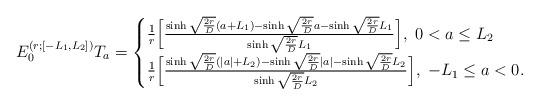
LaTeX: \begin{align*}E_0^{(r;[-L_1,L_2])}T_a=\begin{cases}\frac1r\Big[\frac{\sinh\sqrt{\frac{2r}D}(a+L_1)-\sinh\sqrt{\frac{2r}D}a-\sinh\sqrt{\frac{2r}D}L_1}{\sinh\sqrt{\frac{2r}D}L_1}\Big],\ 0<a\le L_2\\\frac1r\Big[\frac{\sinh\sqrt{\frac{2r}D}(|a|+L_2)-\sinh\sqrt{\frac{2r}D}|a|-\sinh\sqrt{\frac{2r}D}L_2}{\sinh\sqrt{\frac{2r}D}L_2}\Big],\ -L_1\le a<0.\end{cases}\end{align*}